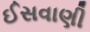
ઈસવાણી